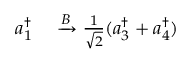
\begin{array} { r l } { a _ { 1 } ^ { \dagger } } & { { } \xrightarrow { B } \frac { 1 } { \sqrt { 2 } } ( a _ { 3 } ^ { \dagger } + a _ { 4 } ^ { \dagger } ) } \end{array}